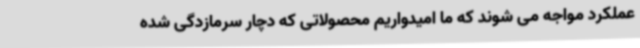
عملکرد مواجه می شوند که ما امیدواریم محصولاتی که دچار سرمازدگی شده